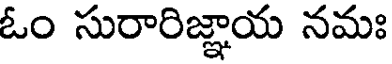
ఓం సురారిజ్ఞాయ నమః